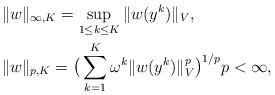
LaTeX: \begin{align*}&\Vert w\Vert_{\infty,K} = \sup_{1\le k \le K} \Vert w(y^k) \Vert_V, \; \\&\Vert w \Vert_{p,K} = \big(\sum_{k=1}^K \omega^k \Vert w(y^k) \Vert_V^p\big)^{1/p} p<\infty,\end{align*}